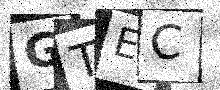
Text: GTEC